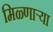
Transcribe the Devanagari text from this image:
मिळ्णाऱ्या